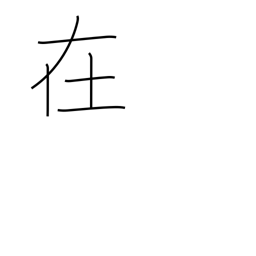
Meaning: suburbs